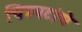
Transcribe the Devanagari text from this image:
चित्रपटांंचे